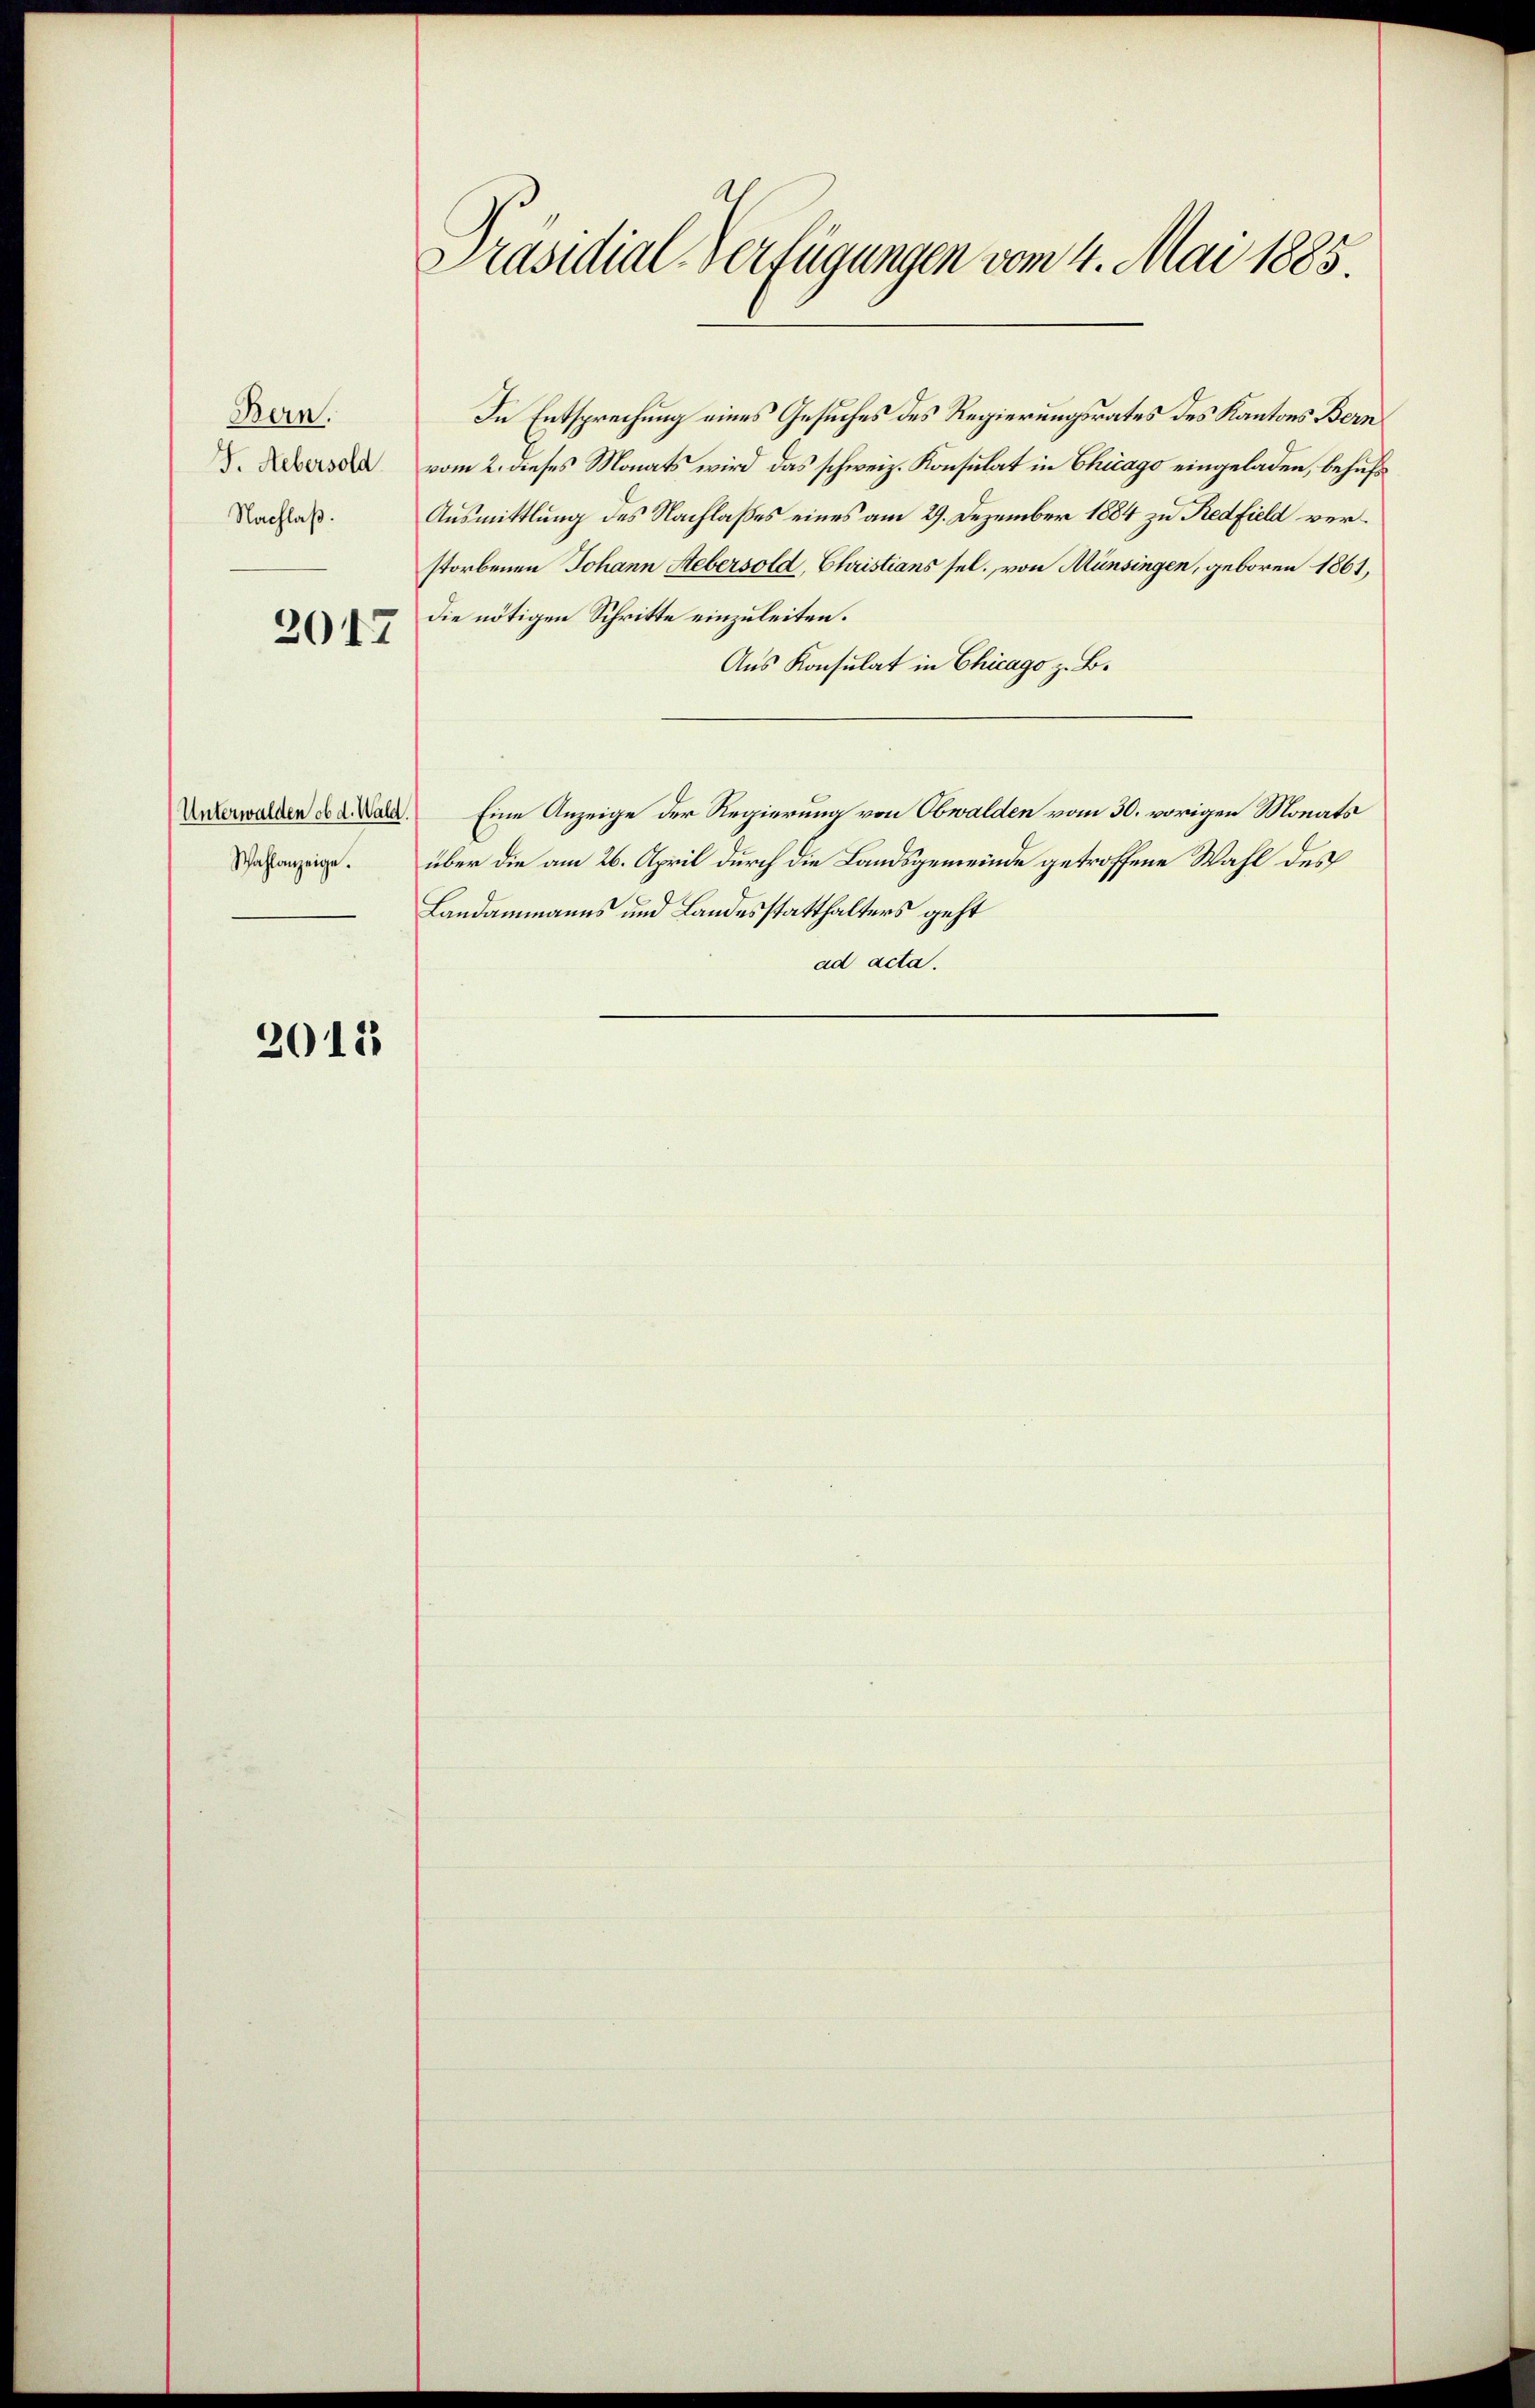
Bern.
F. Uebersold
Nachlaß.

2047

Unterwalden ob d. Wald.
Wahlanzeige.

2012

Präsidial-Verfügungen vom 4. Mai 1885.

In Entsprechung eines Gesuches des Regierungsrates des Kantons Bern
vom 2. dieses Monats wird das schweiz. Konsulat in Chicago eingeladen, behufs
Ausmittlung des Nachlaßes eines am 29. Dezember 1884 zu Redfield verstorbenen Johann Hebersold, Christians sel. von Münsingen, geboren 1861,
Die nötigen Schritte einzuleiten.
Aus Konsulat in Chicago z. B.
Eine Anzeige der Regierung von Obwalden vom 30. vorigen Monats
über die am 26. April durch die Landsgemeinde getroffene Wahl des
Landammanns und Landesstatthalters geht
ad acta.